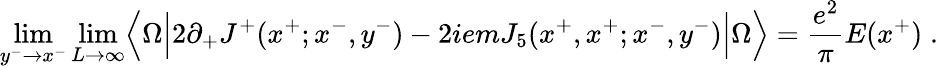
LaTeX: \operatorname*{lim}_{y^{-}\rightarrow x^{-}}\operatorname*{lim}_{L\rightarrow\infty}\Bigl\langle\Omega\Bigl\vert 2\partial_{+}J^{+}(x^{+};x^{-},y^{-})-2iemJ_{5}(x^{+},x^{+};x^{-},y^{-})\Bigr\vert\Omega\Bigr\rangle={\frac{e^{2}}{\pi}}E(x^{+})\; .